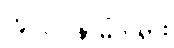
ဟူလို။ နာမ်တရား